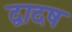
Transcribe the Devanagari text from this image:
द्वादष